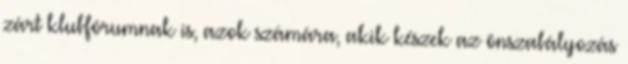
zárt klubfórumnak is, azok számára, akik készek az önszabályozás